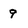
Character: 9